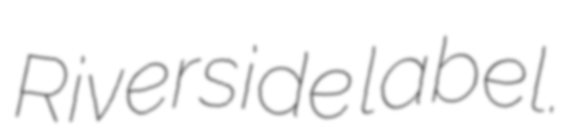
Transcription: Riverside label.